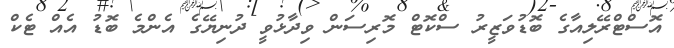
އޮސްޓްރޭލިއާގެ ބޮޑުވަޒީރު ސްކޮޓް މޮރިސަން ވިދާޅުވީ ދުނިޔޭގެ އެންމެ ބޮޑު އެއް ޓެކް